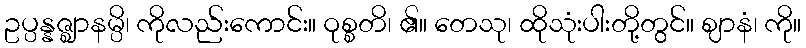
ဥပ္ပန္နဇ္ဈာနမ္ပိ၊ ကိုလည်းကောင်း။ ဝုစ္စတိ၊ ၏။ တေသု၊ ထိုသုံးပါးတို့တွင်။ ဈာနံ၊ ကို။